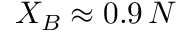
X _ { B } \approx 0 . 9 \, N